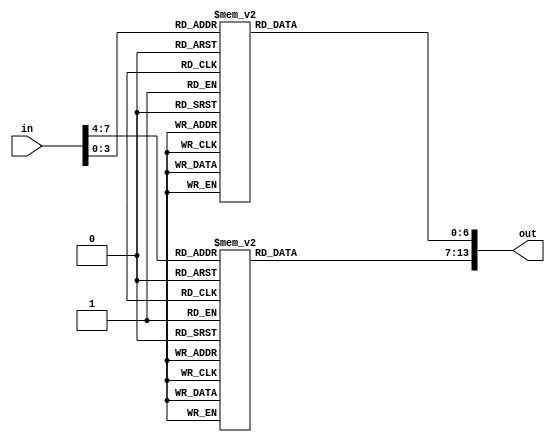
//
// decoder for 7 led display
//

module disp (in, out);

input [7:0] in;
output [13:0] out;

reg [13:0] out;

always @(in)
begin
  case (in[7:4])
    4'h0: out[13:7] = 7'b1110111;
    4'h1: out[13:7] = 7'b0100100;
    4'h2: out[13:7] = 7'b1011101;
    4'h3: out[13:7] = 7'b1101101;
    4'h4: out[13:7] = 7'b0101110;
    4'h5: out[13:7] = 7'b1101011;
    4'h6: out[13:7] = 7'b1111011;
    4'h7: out[13:7] = 7'b0100111;
    4'h8: out[13:7] = 7'b1111111;
    4'h9: out[13:7] = 7'b1101111;
    4'ha: out[13:7] = 7'b0111111;
    4'hb: out[13:7] = 7'b1111010;
    4'hc: out[13:7] = 7'b1010011;
    4'hd: out[13:7] = 7'b1111100;
    4'he: out[13:7] = 7'b1011011;
    4'hf: out[13:7] = 7'b0011011;
    default: out[13:7] = 7'b0000000;
  endcase

  case (in[3:0])
    4'h0: out[6:0] = 7'b1110111;
    4'h1: out[6:0] = 7'b0100100;
    4'h2: out[6:0] = 7'b1011101;
    4'h3: out[6:0] = 7'b1101101;
    4'h4: out[6:0] = 7'b0101110;
    4'h5: out[6:0] = 7'b1101011;
    4'h6: out[6:0] = 7'b1111011;
    4'h7: out[6:0] = 7'b0100111;
    4'h8: out[6:0] = 7'b1111111;
    4'h9: out[6:0] = 7'b1101111;
    4'ha: out[6:0] = 7'b0111111;
    4'hb: out[6:0] = 7'b1111010;
    4'hc: out[6:0] = 7'b1010011;
    4'hd: out[6:0] = 7'b1111100;
    4'he: out[6:0] = 7'b1011011;
    4'hf: out[6:0] = 7'b0011011;
    default: out[6:0] = 7'b0000000;
  endcase
end

endmodule